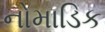
નોમાડિક